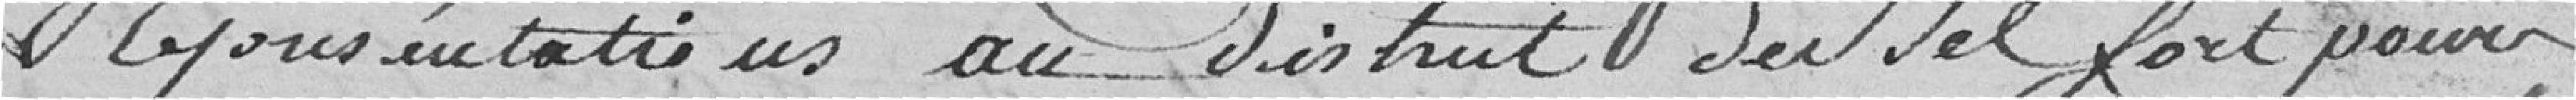
démonstrations au district du sel fort pour